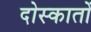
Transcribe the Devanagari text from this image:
दोस्कातों